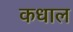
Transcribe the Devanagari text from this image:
कधाल